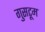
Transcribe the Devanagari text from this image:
गुसटूम